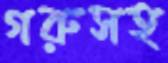
গরুসহ